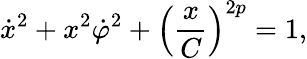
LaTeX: \dot{x}^{2}+x^{2}\dot{\varphi}^{2}+\left(\frac{x}{C}\right)^{2p}=1,